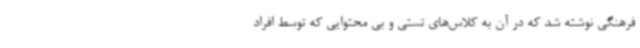
فرهنگی نوشته شد که در آن به کلاس‌های تستی و بی محتوایی که توسط افراد